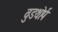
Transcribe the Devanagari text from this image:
वुडथोर्प